Reports on dispensaries and lunatic asylums in the Province of Oudh - 1869-1876
Year: 1869
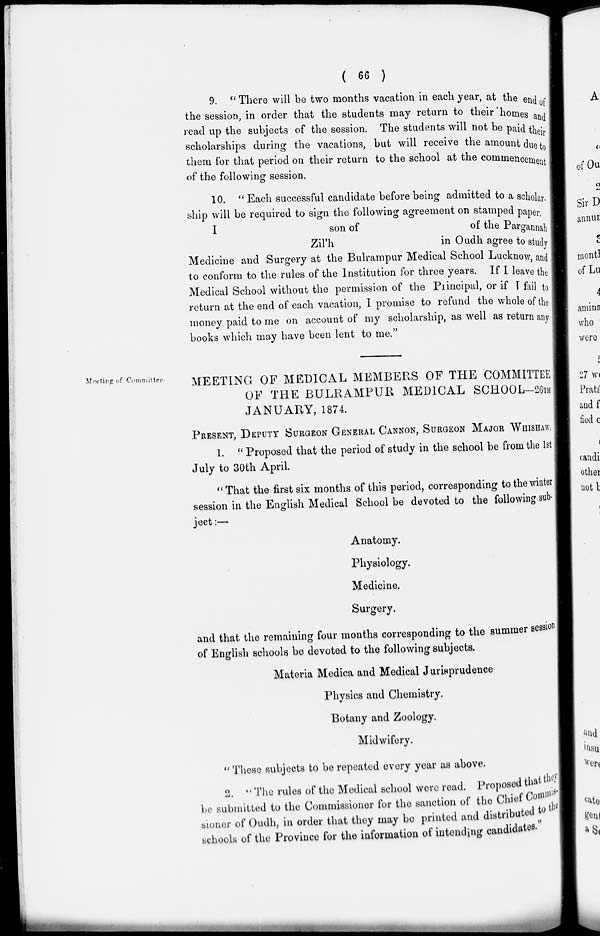
( 66 )
9. " There will be two months vacation in each year, at the end
the session, in order that the students may return to their 'homes
read up the subjects of the session. The students will not be paid their
scholarships during the vacations, but will receive the amount due
them for that period on their return to the school at the commencement
of the following session.
I
son of
Zil'h
10. " Each successful candidate before being admitted to a scholar
ship will be required to sign the following agreement on stamped paper
of the Pargannah
in Oudh agree to study
Medicine and Surgery at the Bulrampur Medical School Lucknow and
to conform to the rules of the Institution for three years. If I leave the
Medical School without the permission of the Principal, or if I fail to
return at the end of each vacation, I promise to refund the whole of the
money paid to me on account of my scholarship, as well as return any
books which may have been lent to me."
Meeting of Committee.
MEETING OF MEDICAL MEMBERS OF THE COMMITTEE
OF THE BULRAMPUR MEDICAL SCHOOL-26TH
JANUARY, 1874.
PRESENT, DEPUTY SURGEON GENERAL CANNON, SURGEON MAJOR WHIS
1. " Proposed that the period of study in the school be from the 1st
July to 30th April.
" That the first six months of this period, corresponding to the winter
session in the English Medical School be devoted to the following sub-
ject:—
Anatomy.
Physiology.
Medicine.
Surgery.
and that the remaining four months corresponding to the summer session
of English schools be devoted to the following subjects.
Materia Medica and Medical Jurisprudence
Physics and Chemistry.
Botany and Zoology.
Midwifery.
" These subjects to be repeated every year as above.
2. " The rules of the Medical school were read. Proposed that they
be submitted to the Commissioner for the sanction of the Chief Commis-
sioner of Oudh, in order that they may be printed and distributed to
schools of the Province for the information of intending candidates.''